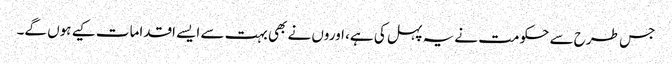
جس طرح سے حکومت نے یہ پہل کی ہے، اوروں نے بھی بہت سے ایسے اقدامات کیے ہوں گے۔